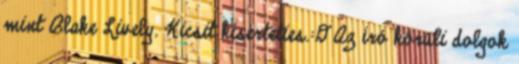
mint Blake Lively. Kicsit kísérteties.:D Az író körüli dolgok